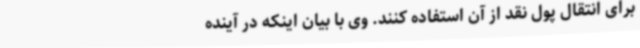
برای انتقال پول نقد از آن استفاده کنند. وی با بیان اینکه در آینده